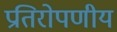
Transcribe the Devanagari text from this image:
प्रतिरोपणीय